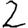
Digit: 2